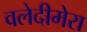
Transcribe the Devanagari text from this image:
वलेदीमेरा